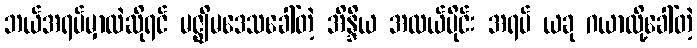
ဘယ်အရပ်မှာလဲဆိုရင် မဇ္ဈိမဒေသခေါ်တဲ့ အိန္ဒိယ အလယ်ပိုင်း အရပ် ယခု ဂယာလို့ခေါ်တဲ့